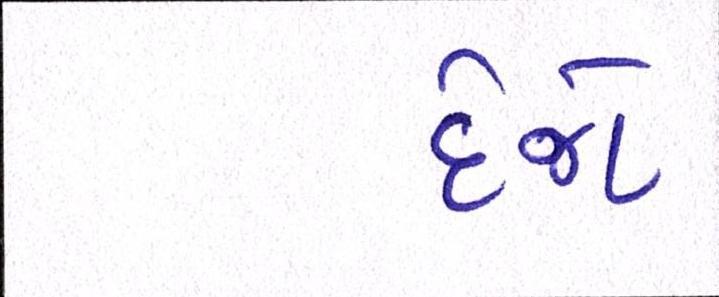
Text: દેજો